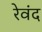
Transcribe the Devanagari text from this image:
रेवंद